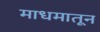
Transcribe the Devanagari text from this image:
माधमातून